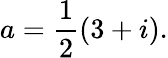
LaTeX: a={\frac{1}{2}}(3+i).